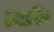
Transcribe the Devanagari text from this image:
स्थापिन